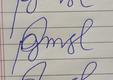
Signature authenticity: forged